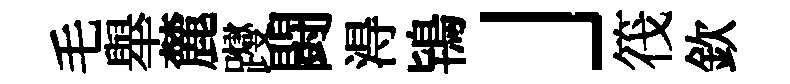
毛舉麓躞闘淂鴇」筏欽